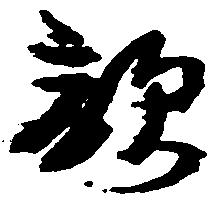
親